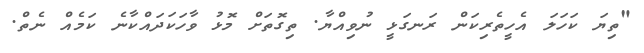
"ތިޔަ ކަހަލަ އެހީތެރިކަން ރަނގަޅީ ނުވިއްޔާ. ތިގޮތަށް މޮޅު ވާހަކަދައްކާނެ ކަމެއް ނެތް.